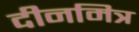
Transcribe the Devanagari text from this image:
दीनमित्र